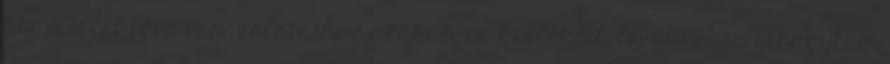
kör mellet lévő varázslataihoz szükséges kellékeit. Én eközben elhagytam